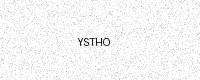
Text: YSTHO